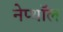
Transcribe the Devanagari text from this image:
नेप्थॉल